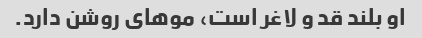
او بلند قد و لاغر است، موهای روشن دارد.